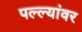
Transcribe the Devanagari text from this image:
पल्ल्यांवर